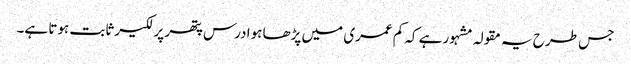
جس طرح یہ مقولہ مشہور ہے کہ کم عمری میں پڑھا ہوا درس پتھر پر لکیر ثابت ہوتا ہے۔